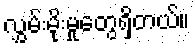
လွှမ်းမိုးမှုတွေရှိတယ်။